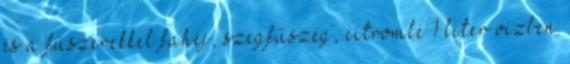
és a fűszerekkel fahéj, szegfűszeg, citromlé 1 liter vízben